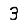
Digit: 3